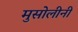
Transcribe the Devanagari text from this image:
मुसोलीनी